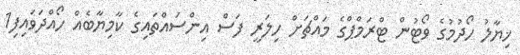
ޚިޔާލު ހޯދުމުގެ ވޯޓުން ޓްރަމްޕްގެ މައްޗަށް ހިލަރީ ފަސް އިންސައްތައިގެ ކާމިޔާބެއް ހޯއްދަވައިފި1